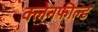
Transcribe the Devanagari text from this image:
क्लेनफील्ड